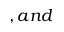
, a n d